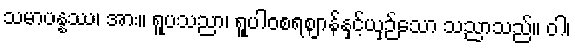
သမာပန္နဿ၊ အား။ ရူပသညာ၊ ရူပါဝစရဈာန်နှင့်ယှဉ်သော သညာသည်။ ဝါ၊